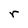
Character: r